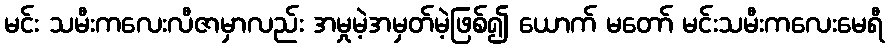
မင်း သမီးကလေးလီဇာမှာလည်း အမှုမဲ့အမှတ်မဲ့ဖြစ်၍ ယောက် မတော် မင်းသမီးကလေးမေရီ